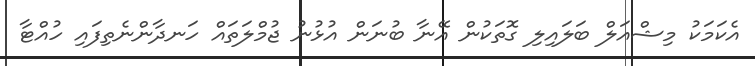
އެކަމަކު މިޝްއަލް ބަލައިލި ގޮތަކުން އޭނާ ބުނަން އުޅުނު ޖުމްލަތައް ހަނދާންނެތިފައި ހުއްޓާ